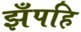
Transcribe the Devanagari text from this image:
झँपहि